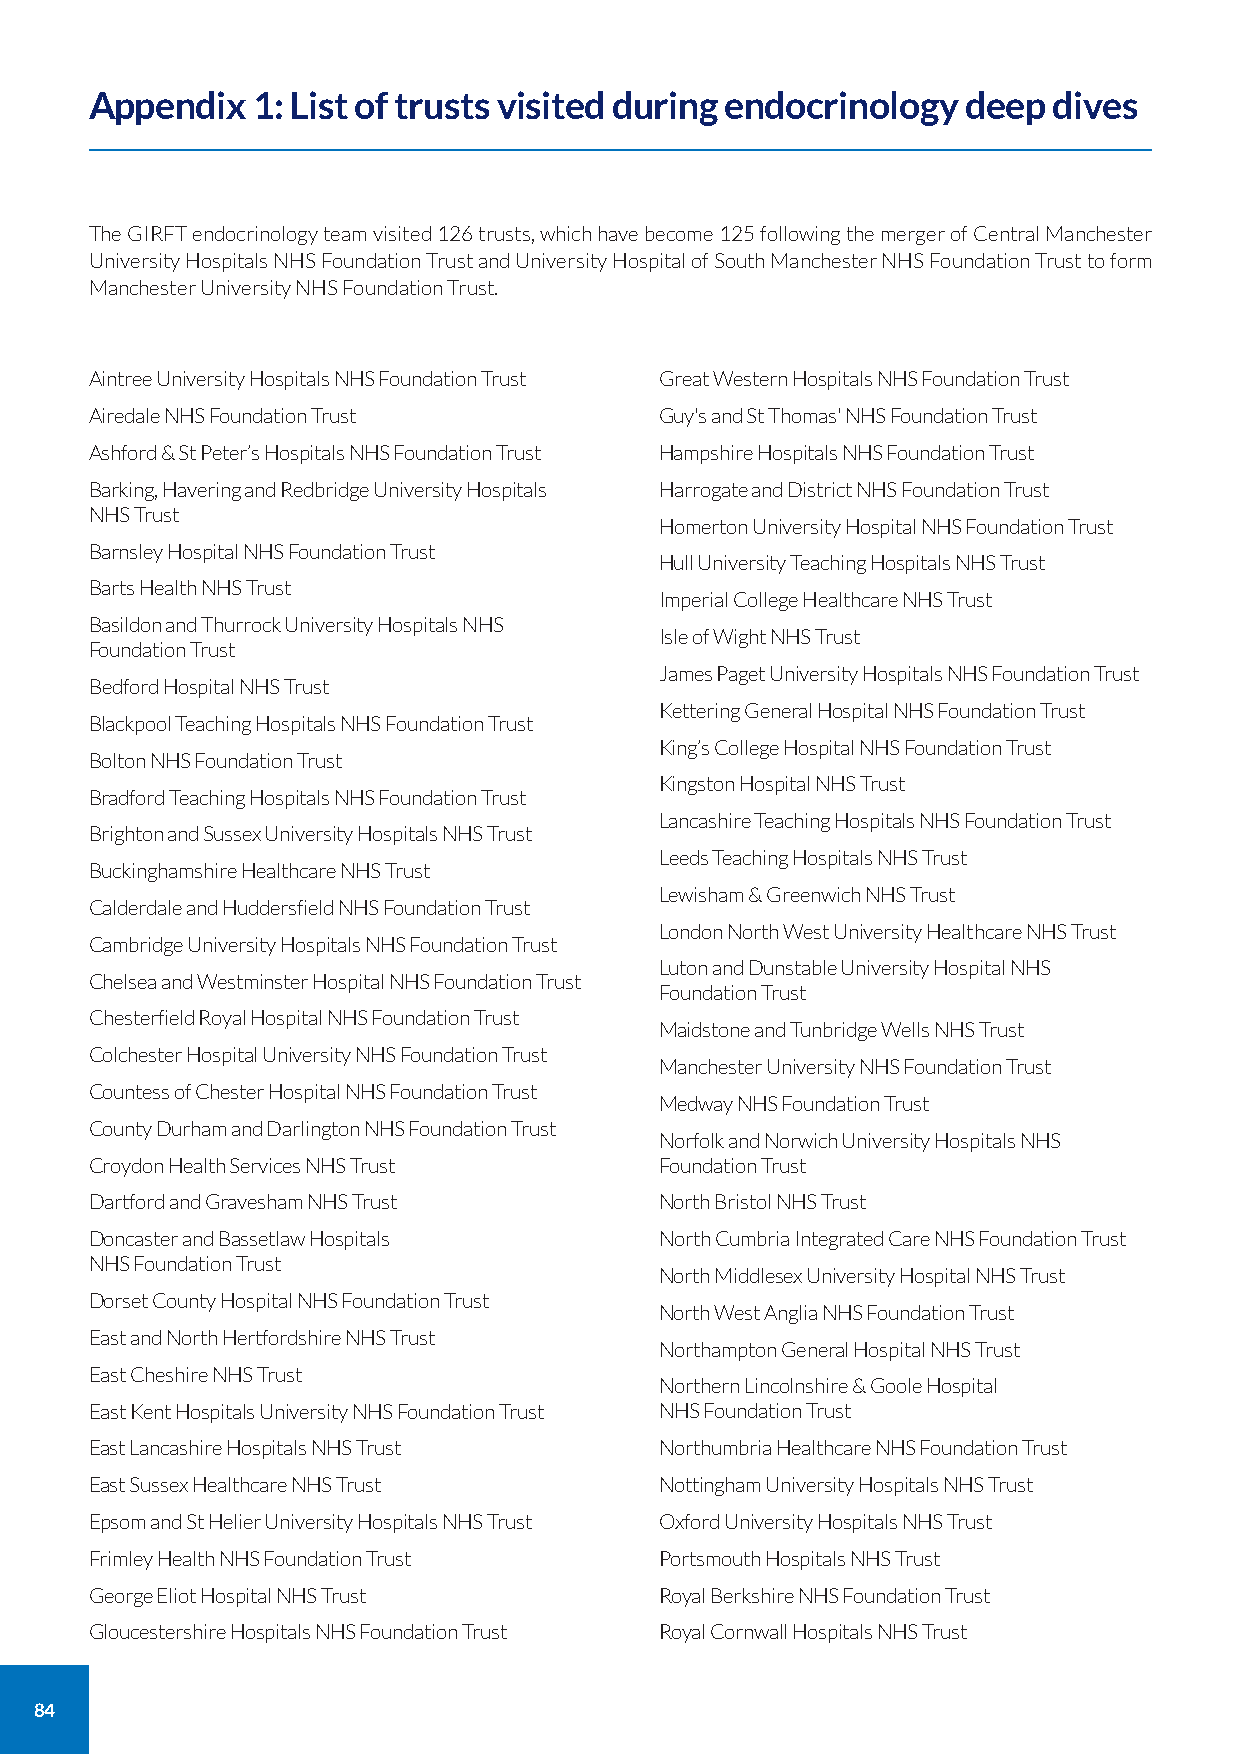
Appendix   1: List of trusts visited during endocrinology deep  dives
 The GIRFT endocrinology team visited 126 trusts, which have become 125 following the merger of Central Manchester
 University Hospitals NHS Foundation Trust and University Hospital of South Manchester NHS Foundation Trust to form
 Manchester University NHS Foundation Trust.
 Aintree University Hospitals NHS Foundation Trust Great Western Hospitals NHS Foundation Trust
 Airedale NHS Foundation Trust         Guy's and St Thomas' NHS Foundation Trust
 Ashford & St Peter’s Hospitals NHS Foundation Trust Hampshire Hospitals NHS Foundation Trust
 Barking, Havering and Redbridge University Hospitals Harrogate and District NHS Foundation Trust
 NHS Trust
 Homerton University Hospital NHS Foundation Trust
 Barnsley Hospital NHS Foundation Trust
 Hull University Teaching Hospitals NHS Trust
 Barts Health NHS Trust
 Imperial College Healthcare NHS Trust
 Basildon and Thurrock University Hospitals NHS
 Isle of Wight NHS Trust
 Foundation Trust
 James Paget University Hospitals NHS Foundation Trust
 Bedford Hospital NHS Trust
 Kettering General Hospital NHS Foundation Trust
 Blackpool Teaching Hospitals NHS Foundation Trust
 King’s College Hospital NHS Foundation Trust
 Bolton NHS Foundation Trust
 Kingston Hospital NHS Trust
 Bradford Teaching Hospitals NHS Foundation Trust
 Lancashire Teaching Hospitals NHS Foundation Trust
 Brighton and Sussex University Hospitals NHS Trust
 Leeds Teaching Hospitals NHS Trust
 Buckinghamshire Healthcare NHS Trust
 Lewisham & Greenwich NHS Trust
 Calderdale and Huddersfield NHS Foundation Trust
 London North West University Healthcare NHS Trust
 Cambridge University Hospitals NHS Foundation Trust
 Luton and Dunstable University Hospital NHS
 Chelsea and Westminster Hospital NHS Foundation Trust
 Foundation Trust
 Chesterfield Royal Hospital NHS Foundation Trust
 Maidstone and Tunbridge Wells NHS Trust
 Colchester Hospital University NHS Foundation Trust
 Manchester University NHS Foundation Trust
 Countess of Chester Hospital NHS Foundation Trust
 Medway NHS Foundation Trust
 County Durham and Darlington NHS Foundation Trust
 Norfolk and Norwich University Hospitals NHS
 Croydon Health Services NHS Trust     Foundation Trust
 Dartford and Gravesham NHS Trust      North Bristol NHS Trust
 Doncaster and Bassetlaw Hospitals     North Cumbria Integrated Care NHS Foundation Trust
 NHS Foundation Trust
 North Middlesex University Hospital NHS Trust
 Dorset County Hospital NHS Foundation Trust
 North West Anglia NHS Foundation Trust
 East and North Hertfordshire NHS Trust
 Northampton General Hospital NHS Trust
 East Cheshire NHS Trust
 Northern Lincolnshire & Goole Hospital
 East Kent Hospitals University NHS Foundation Trust NHS Foundation Trust
 East Lancashire Hospitals NHS Trust   Northumbria Healthcare NHS Foundation Trust
 East Sussex Healthcare NHS Trust      Nottingham University Hospitals NHS Trust
 Epsom and St Helier University Hospitals NHS Trust Oxford University Hospitals NHS Trust
 Frimley Health NHS Foundation Trust   Portsmouth Hospitals NHS Trust
 George Eliot Hospital NHS Trust       Royal Berkshire NHS Foundation Trust
 Gloucestershire Hospitals NHS Foundation Trust Royal Cornwall Hospitals NHS Trust
 84